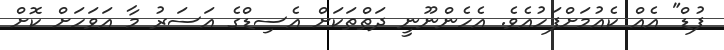
ފުޑް" އެއް ކެއުމަށްފަހުއެވެ. އެހެންނޫނީ ދަތްތަކަށް އެސިޑްގެ އަސަރު މާ އަވަހަށް ކޮށް